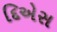
દિએસ